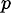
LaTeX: ^{p}